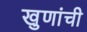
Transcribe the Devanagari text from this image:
खुणांची